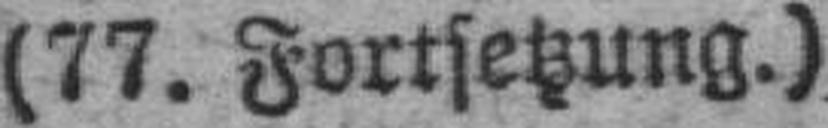
(77. Fortsetzung.)